Report on vaccination in Madras 1922-1929 - 1922-1929
Year: 1922
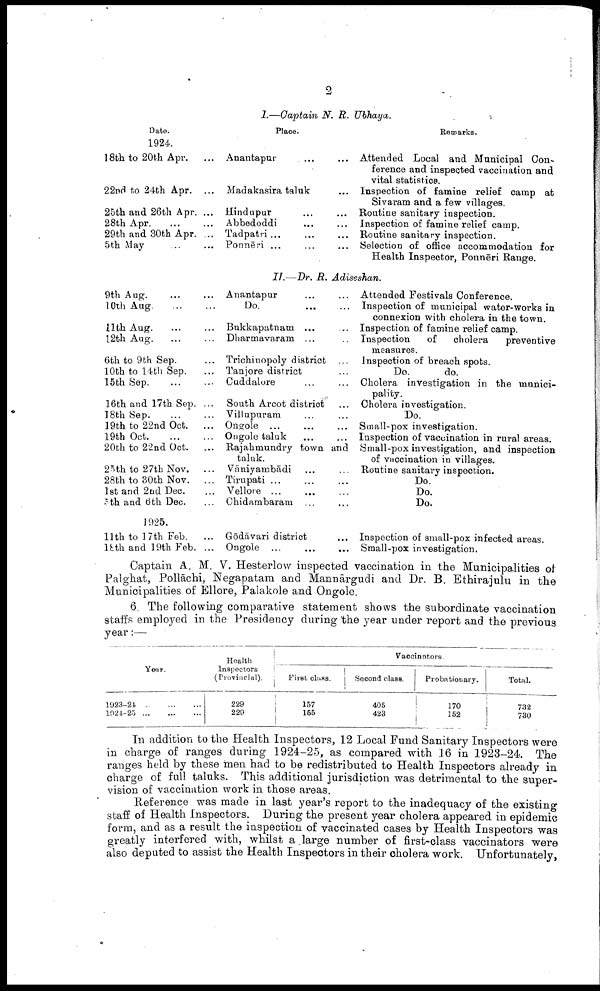
2
I.—Captain N. R. Ubhaya.
Date.
1924.
18th to 20th Apr.
...
22nd to 24th Apr. ...
25th and 26th Apr. ...
28th
Apr.
...
...
29th and 30th Apr. ...
5th May
...
...
Place.
Anantapur ... ...
Madakasira taluk ...
Hindupur ... ...
Abbedoddi ... ...
Tadpatri ... ... ...
Ponnēri ... … …
Remarks.
Attended Local and Municipal Con
ference and inspected vaccination and
vital statistics.
Inspection of famine relief camp at
Sivaram and a few villages.
Routine sanitary inspection.
Inspection of famine relief camp.
Routine sanitary inspection.
Selection of office accommodation for
Health Inspector, Ponnēri Range.
II.—Dr. B. Adiseshan.
9th
Aug.
…
…
10th
Aug. … …
11th Aug.
…
…
12th Aug. … …
6th to 9th Sep. …
10th to 14th Sep. …
15th
Sep.
…
…
16th and 17th Sep. ...
18th
Sep.
…
…
19th to 22nd Oct.
...
19th
Oct. … …
20th to 22nd Oct.
...
25th to 27th Nov.
...
28th to 30th Nov.
...
1st and 2nd Dec. …
5th and 6th Dec. …
1925.
11th to 17th Feb.
...
18th and 19th Feb. ...
Anantapur … …
Do.
…
…
Bukkapatnam ... …
Dharmavaram ... …
Trichinopoly district …
Tanjore district …
Cuddalore … …
South Arcot district …
Villupuram … …
Ongole ... … …
Ongole taluk … …
Rajahmundry town and
taluk.
Vāniyambādi … …
Tirupati ... … …
Vellore ...
... …
Chidambaram ... …
Gōdāvari district …
Ongole ...
…
…
Attended Festivals Conference.
Inspection of municipal water-works in
connexion with cholera in the town.
Inspection of famine relief camp.
Inspection
of
cholera
preventive
measures.
Inspection of breach spots.
Do.
do.
Cholera investigation in the munici
pality.
Cholera investigation.
Do.
Small-pox investigation.
Inspection of vaccination in rural areas.
Small-pox investigation, and inspection
of vaccination in villages.
Routine sanitary inspection.
Do.
Do.
Do.
Inspection of small-pox infected areas.
Small-pox investigation.
Captain A. M. V. Hesterlow inspected vaccination in the Municipalities of
Palghat, Pollāchi, Negapatam and Mannārgudi and Dr. B. Ethirajulu in the
Municipalities of Ellore, Palakole and Ongole.
6. The following comparative statement shows the subordinate vaccination
staffs employed in the Presidency during the year under report and the previous
year:—
Year.
1923-21
...
...
...
1024-25
...
...
...
Health
Inspectors
(Provincial).
229
220
Vaccinators.
First class.
157
155
Second class.
405
423
Probatiouary.
170
152
Total.
732
730
In addition to the Health Inspectors, 12 Local Fund Sanitary Inspectors were
in charge of ranges during 1924-25, as compared with 16 in 1923-24. The
ranges held by these men had to be redistributed to Health Inspectors already in
charge of full taluks. This additional jurisdiction was detrimental to the super
vision of vaccination work in those areas.
Reference was made in last year's report to the inadequacy of the existing
staff of Health Inspectors. During the present year cholera appeared in epidemic
form, and as a result the inspection of vaccinated cases by Health Inspectors was
greatly interfered with, whilst a large number of first-class vaccinators were
also deputed to assist the Health Inspectors in their cholera work. Unfortunately,